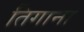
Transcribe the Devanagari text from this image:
तिगाना